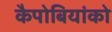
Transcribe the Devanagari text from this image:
कैपोबियांको